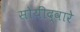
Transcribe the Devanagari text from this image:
सोयींद्वारे